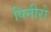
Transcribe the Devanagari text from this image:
पिनीरो